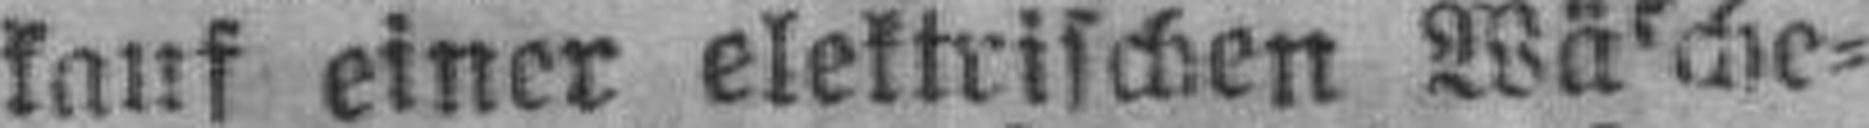
kauf einer elektrischen Wäsche¬